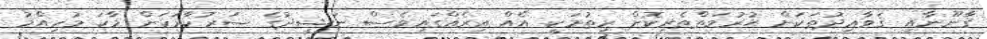
ޤާނޫނާއި ޤަވާޢިދުތަކަށް ޙުރުމަތްތެރިކޮށް ހިތުމަކީ އެއް އިރެއްގައިވެސް ނަޝީދުގެ ސަރުކާރަކަށް މާކަ މުހިއްމު